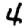
Digit: 4